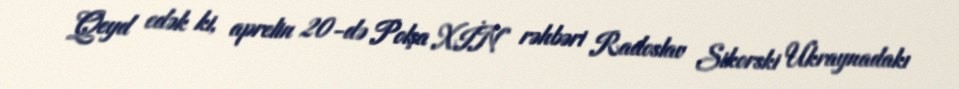
Qeyd edək ki, aprelin 20-də Polşa XİN rəhbəri Radoslav Sikorski Ukraynadakı